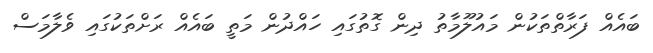
ބައެއް ފަރާތްތަކުން މައުލޫމާތު ދިން ގޮތުގައި ހައްދުން މަތީ ބައެއް ރަށްތަކުގައި ވެލާމަސް